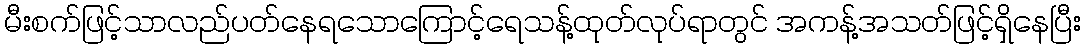
မီးစက်ဖြင့်သာလည်ပတ်နေရသောကြောင့်ရေသန့်ထုတ်လုပ်ရာတွင် အကန့်အသတ်ဖြင့်ရှိနေပြီး